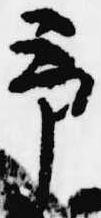
予